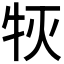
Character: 𰠰